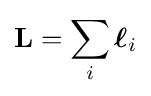
\mathbf {L} =\sum _{i}{\boldsymbol {\ell }}_{i}